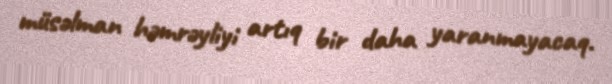
müsəlman həmrəyliyi artıq bir daha yaranmayacaq.